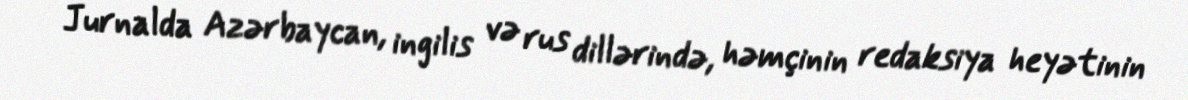
Jurnalda Azərbaycan, ingilis və rus dillərində, həmçinin redaksiya heyətinin